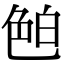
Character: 𦫖